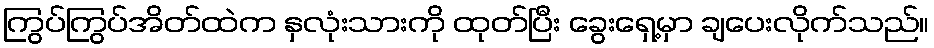
ကြွပ်ကြွပ်အိတ်ထဲက နှလုံးသားကို ထုတ်ပြီး ခွေးရှေ့မှာ ချပေးလိုက်သည်။